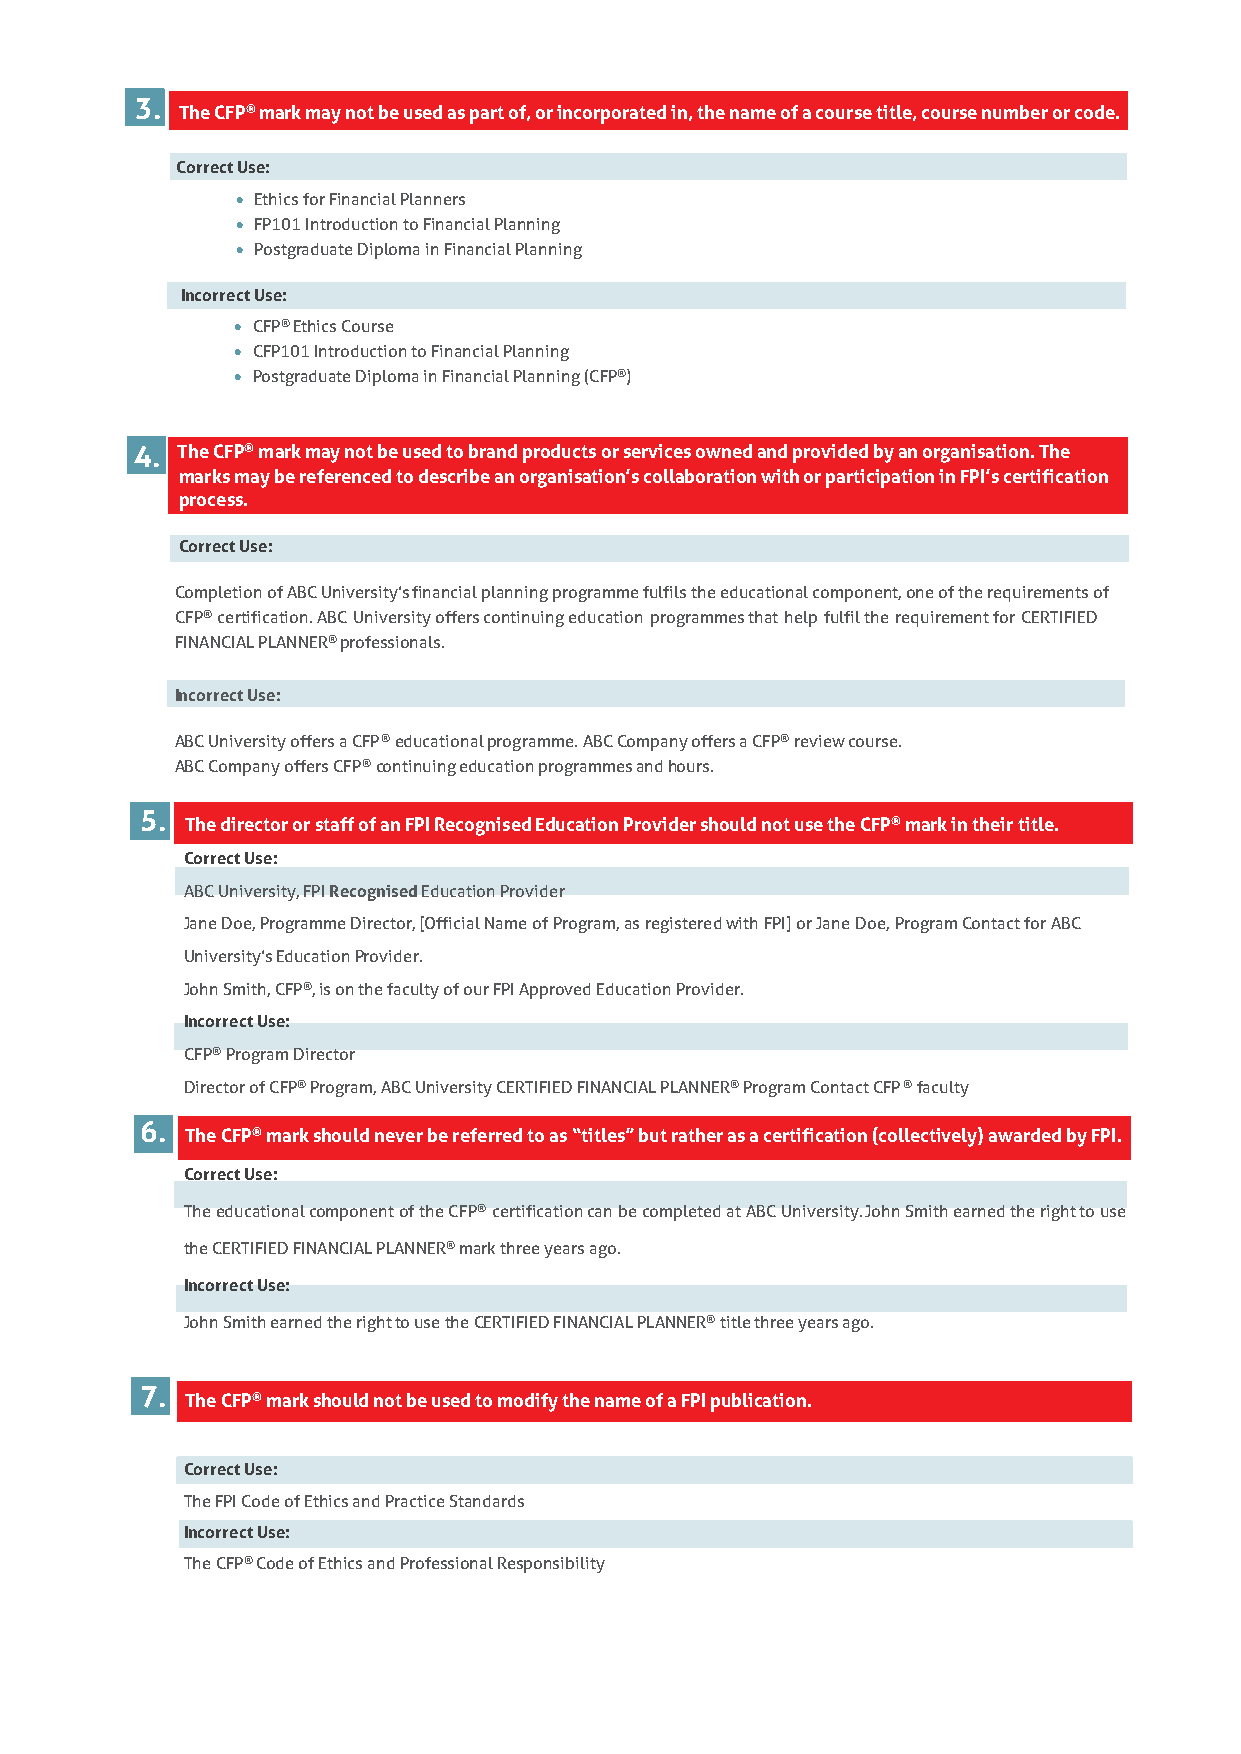
3.
 The CFP® mark may not be used as part of, or incorporated in, the name of a course title, course number or code.
 Correct Use:
 • Ethics for Financial Planners
 • FP101 Introduction to Financial Planning
 • Postgraduate Diploma in Financial Planning
 Incorrect Use:
 • CFP® Ethics Course
 • CFP101 Introduction to Financial Planning
 • Postgraduate Diploma in Financial Planning (CFP® )
 4. The CFP® mark may not be used to brand products or services owned and provided by an organisation. The
 marks may be referenced to describe an organisation’s collaboration with or participation in FPI’s certification
 process.
 Correct Use:
 Completion of ABC University’s financial planning programme fulfils the educational component, one of the requirements of
 CFP® certification. ABC University offers continuing education programmes that help fulfil the requirement for CERTIFIED
 FINANCIAL PLANNER® professionals.
 Incorrect Use:
 ABC University offers a CFP ® educational programme. ABC Company offers a CFP® review course.
 ABC Company offers CFP ® continuing education programmes and hours.
 5.
 The director or staff of an FPI Recognised Education Provider should not use the CFP® mark in their title.
 Correct Use:
 ABC University, FPI Recognised Education Provider
 Jane Doe, Programme Director, [Official Name of Program, as registered with FPI] or Jane Doe, Program Contact for ABC
 University’s Education Provider.
 John Smith, CFP®, is on the faculty of our FPI Approved Education Provider.
 Incorrect Use:
 CFP® Program Director
 Director of CFP® Program, ABC University CERTIFIED FINANCIAL PLANNER® Program Contact CFP ® faculty
 6.
 The CFP® mark should never be referred to as “titles” but rather as a certification (collectively) awarded by FPI.
 Correct Use:
 The educational component of the CFP® certification can be completed at ABC University. John Smith earned the right to use
 the CERTIFIED FINANCIAL PLANNER® mark three years ago.
 Incorrect Use:
 John Smith earned the right to use the CERTIFIED FINANCIAL PLANNER® title three years ago.
 7.
 The CFP® mark should not be used to modify the name of a FPI publication.
 Correct Use:
 The FPI Code of Ethics and Practice Standards
 Incorrect Use:
 The CFP® Code of Ethics and Professional Responsibility